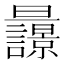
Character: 𣌚